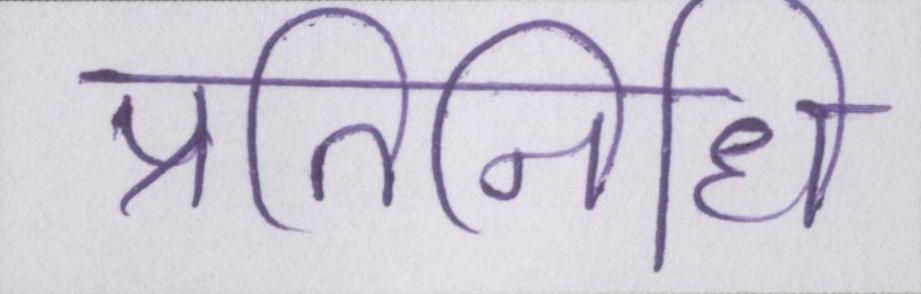
प्रतिनिधि